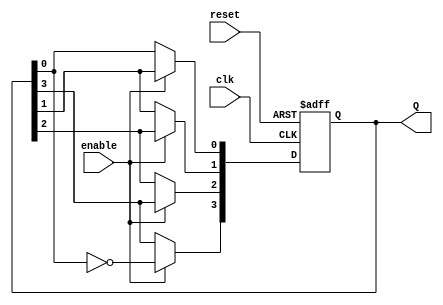
module johnson_counter (
    input wire clk,          // Clock input
    input wire reset,        // Asynchronous reset
    input wire enable,       // Enable signal
    output reg [3:0] Q       // 4-bit output representing the counter state
);

    // Initial state
    initial begin
        Q = 4'b0000;         // Start with 0000
    end

    always @(posedge clk or posedge reset) begin
        if (reset) begin
            Q <= 4'b0000;    // Reset the counter to 0000
        end else if (enable) begin
            // Johnson counter logic
            Q[3] <= ~Q[0];    // Feedback the inverted output of the last flip-flop
            Q[2] <= Q[3];     // Shift register logic
            Q[1] <= Q[2];
            Q[0] <= Q[1];
        end
    end

endmodule